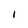
Character: I